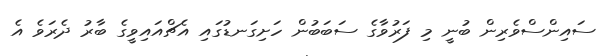
ސައިންސްވެރިން ބުނީ މި ފަރުވާގެ ސަބަބުން ހަށިގަނޑުގައި އެޗްއައިވީގެ ބާރު ދެރަވެ އެ